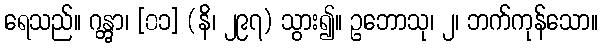
ရေသည်။ ဂန္တွာ၊ [၀၁] (နိ၊ ၂၉၇) သွား၍။ ဥဘောသု၊ ၂၊ ဘက်ကုန်သော။